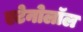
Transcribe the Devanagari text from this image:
एटेनोलॉल